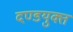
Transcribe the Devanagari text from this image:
दण्डयुक्त